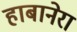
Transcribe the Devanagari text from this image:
हाबानेरा